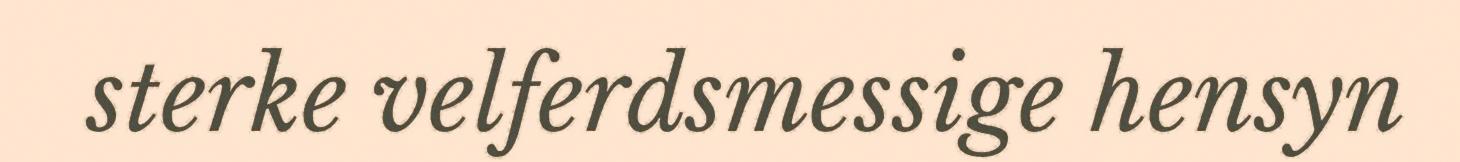
sterke velferdsmessige hensyn